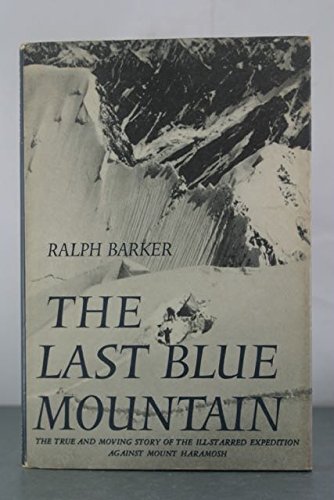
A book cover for The last blue mountain; Ralph Barker; Travel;